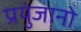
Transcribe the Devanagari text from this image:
प्रयुंजानो